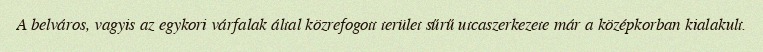
A belváros, vagyis az egykori várfalak által közrefogott terület sűrű utcaszerkezete már a középkorban kialakult.